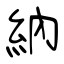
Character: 納